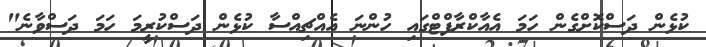
ކުޅެން ދަސްކޮށްގެން ހަމަ އެއާކްރާފްޓްގައި ހުންނަ އެއްޗިއްސާ ކުޅެން ދަސްކުރީމަ ހަމަ ދަސްވާނެ"